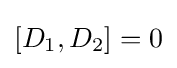
\left[D_{1},D_{2}\right]=0